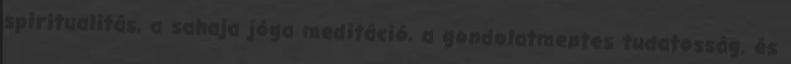
spiritualitás, a sahaja jóga meditáció, a gondolatmentes tudatosság, és